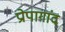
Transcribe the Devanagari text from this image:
प्रोपागांद